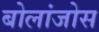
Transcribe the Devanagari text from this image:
बोलांजोस